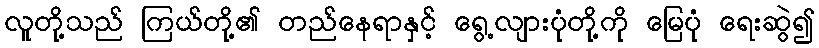
လူတို့သည် ကြယ်တို့၏ တည်နေရာနှင့် ရွေ့လျားပုံတို့ကို မြေပုံ ရေးဆွဲ၍